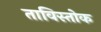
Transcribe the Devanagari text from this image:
ताविस्तोक